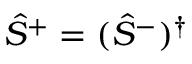
\hat { S } ^ { + } = ( \hat { S } ^ { - } ) ^ { \dagger }